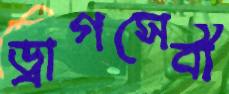
ড্রাগসেবী